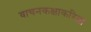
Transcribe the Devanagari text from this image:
वाचनकक्षाकरिता